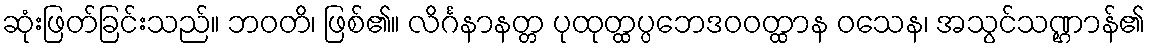
ဆုံးဖြတ်ခြင်းသည်။ ဘဝတိ၊ ဖြစ်၏။ လိင်္ဂနာနတ္တ ပုထုတ္ထပ္ပဘေဒဝဝတ္ထာန ဝသေန၊ အသွင်သဏ္ဌာန်၏